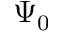
\Psi _ { 0 }